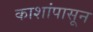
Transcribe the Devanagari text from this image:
काशांपासून